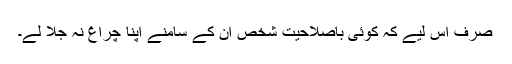
صرف اس لیے کہ کوئی باصلاحیت شخص ان کے سامنے اپنا چراغ نہ جلا لے۔